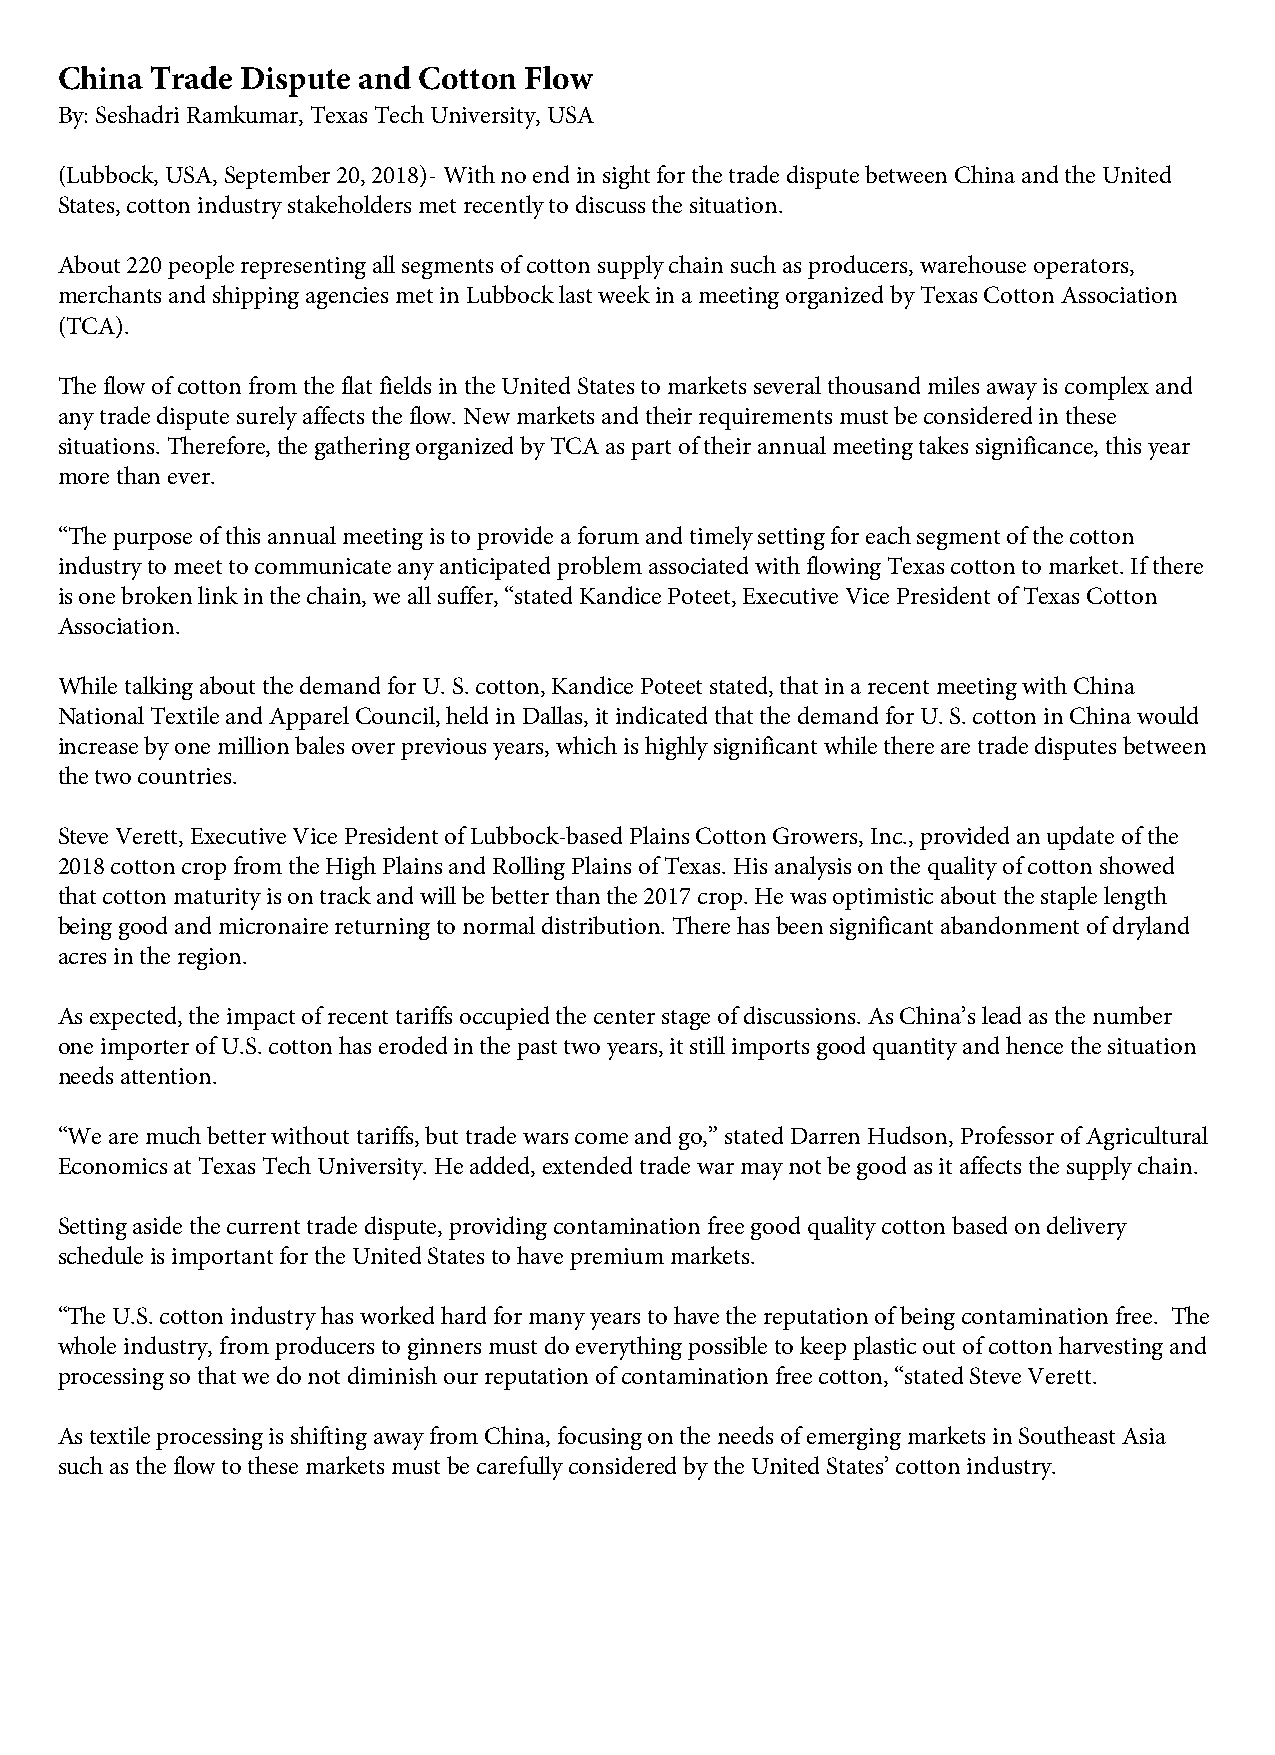
China Trade Dispute and Cotton Flow
 By: Seshadri Ramkumar, Texas Tech University, USA
 (Lubbock, USA, September 20, 2018)- With no end in sight for the trade dispute between China and the United
 States, cotton industry stakeholders met recently to discuss the situation.
 About 220 people representing all segments of cotton supply chain such as producers, warehouse operators,
 merchants and shipping agencies met in Lubbock last week in a meeting organized by Texas Cotton Association
 (TCA).
 The flow of cotton from the flat fields in the United States to markets several thousand miles away is complex and
 any trade dispute surely affects the flow. New markets and their requirements must be considered in these
 situations. Therefore, the gathering organized by TCA as part of their annual meeting takes significance, this year
 more than ever.
 “The purpose of this annual meeting is to provide a forum and timely setting for each segment of the cotton
 industry to meet to communicate any anticipated problem associated with flowing Texas cotton to market. If there
 is one broken link in the chain, we all suffer, “stated Kandice Poteet, Executive Vice President of Texas Cotton
 Association.
 While talking about the demand for U. S. cotton, Kandice Poteet stated, that in a recent meeting with China
 National Textile and Apparel Council, held in Dallas, it indicated that the demand for U. S. cotton in China would
 increase by one million bales over previous years, which is highly significant while there are trade disputes between
 the two countries.
 Steve Verett, Executive Vice President of Lubbock-based Plains Cotton Growers, Inc., provided an update of the
 2018 cotton crop from the High Plains and Rolling Plains of Texas. His analysis on the quality of cotton showed
 that cotton maturity is on track and will be better than the 2017 crop. He was optimistic about the staple length
 being good and micronaire returning to normal distribution. There has been significant abandonment of dryland
 acres in the region.
 As expected, the impact of recent tariffs occupied the center stage of discussions. As China’s lead as the number
 one importer of U.S. cotton has eroded in the past two years, it still imports good quantity and hence the situation
 needs attention.
 “We are much better without tariffs, but trade wars come and go,” stated Darren Hudson, Professor of Agricultural
 Economics at Texas Tech University. He added, extended trade war may not be good as it affects the supply chain.
 Setting aside the current trade dispute, providing contamination free good quality cotton based on delivery
 schedule is important for the United States to have premium markets.
 “The U.S. cotton industry has worked hard for many years to have the reputation of being contamination free. The
 whole industry, from producers to ginners must do everything possible to keep plastic out of cotton harvesting and
 processing so that we do not diminish our reputation of contamination free cotton, “stated Steve Verett.
 As textile processing is shifting away from China, focusing on the needs of emerging markets in Southeast Asia
 such as the flow to these markets must be carefully considered by the United States’ cotton industry.